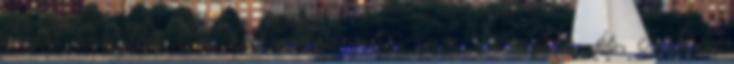
És Lovaglás Én. kakas, szopás, cum, lovaglás, és, csalás,